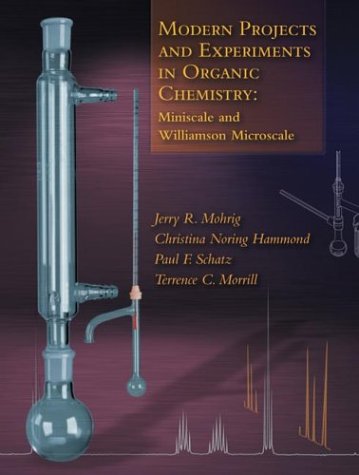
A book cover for Modern Projects and Experiments in Organic Chemistry: Miniscale and Williamson Microscale; Jerry R. Mohrig; Science & Math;